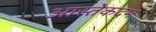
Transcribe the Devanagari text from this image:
आस्तेकदम